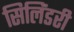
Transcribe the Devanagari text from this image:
सिलिंडरी